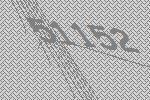
51152